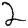
Digit: 2